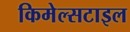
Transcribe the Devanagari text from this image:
किमेल्सटाइल